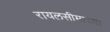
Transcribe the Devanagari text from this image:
रायलसीमाच्या